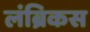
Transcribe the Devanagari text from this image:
लंब्रिकस